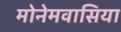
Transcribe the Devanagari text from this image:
मोनेमवासिया